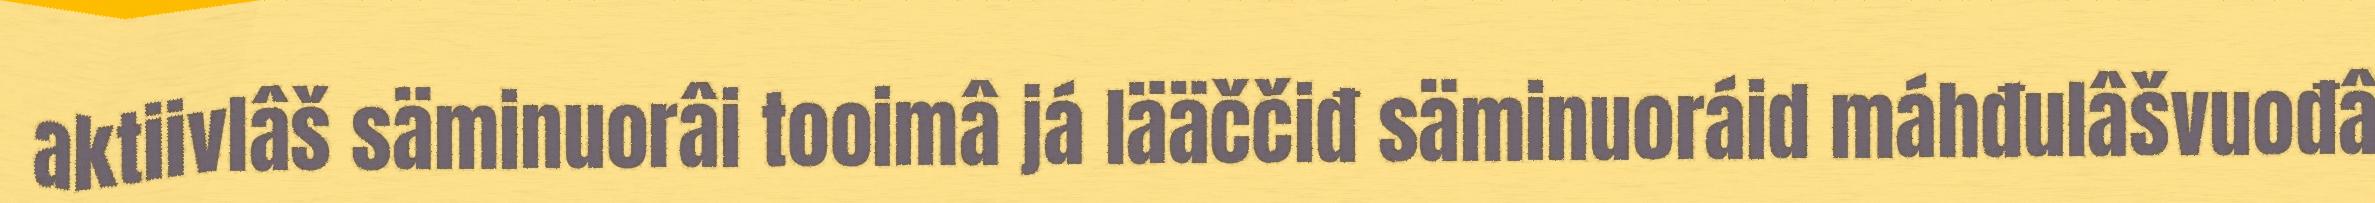
aktiivlâš säminuorâi tooimâ já lääččiđ säminuoráid máhđulâšvuođâ